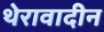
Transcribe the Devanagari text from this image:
थेरावादीन